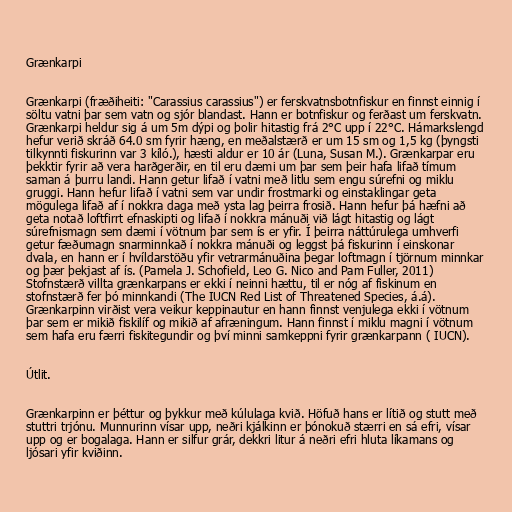
Grænkarpi

Grænkarpi (fræðiheiti: "Carassius carassius") er ferskvatnsbotnfiskur en finnst einnig í
söltu vatni þar sem vatn og sjór blandast. Hann er botnfiskur og ferðast um ferskvatn.
Grænkarpi heldur sig á um 5m dýpi og þolir hitastig frá 2°C upp í 22°C. Hámarkslengd
hefur verið skráð 64.0 sm fyrir hæng, en meðalstærð er um 15 sm og 1,5 kg (þyngsti
tilkynnti fiskurinn var 3 kíló.), hæsti aldur er 10 ár (Luna, Susan M.). Grænkarpar eru
þekktir fyrir að vera harðgerðir, en til eru dæmi um þar sem þeir hafa lifað tímum
saman á þurru landi. Hann getur lifað í vatni með litlu sem engu súrefni og miklu
gruggi. Hann hefur lifað í vatni sem var undir frostmarki og einstaklingar geta
mögulega lifað af í nokkra daga með ysta lag þeirra frosið. Hann hefur þá hæfni að
geta notað loftfirrt efnaskipti og lifað í nokkra mánuði við lágt hitastig og lágt
súrefnismagn sem dæmi í vötnum þar sem ís er yfir. Í þeirra náttúrulega umhverfi
getur fæðumagn snarminnkað í nokkra mánuði og leggst þá fiskurinn í einskonar
dvala, en hann er í hvíldarstöðu yfir vetrarmánuðina þegar loftmagn í tjörnum minnkar
og þær þekjast af ís. (Pamela J. Schofield, Leo G. Nico and Pam Fuller, 2011)
Stofnstærð villta grænkarpans er ekki í neinni hættu, til er nóg af fiskinum en
stofnstærð fer þó minnkandi (The IUCN Red List of Threatened Species, á.á).
Grænkarpinn virðist vera veikur keppinautur en hann finnst venjulega ekki í vötnum
þar sem er mikið fiskilíf og mikið af afræningum. Hann finnst í miklu magni í vötnum
sem hafa eru færri fiskitegundir og því minni samkeppni fyrir grænkarpann ( IUCN).

Útlit.

Grænkarpinn er þéttur og þykkur með kúlulaga kvið. Höfuð hans er lítið og stutt með
stuttri trjónu. Munnurinn vísar upp, neðri kjálkinn er þónokuð stærri en sá efri, vísar
upp og er bogalaga. Hann er silfur grár, dekkri litur á neðri efri hluta líkamans og
ljósari yfir kviðinn.